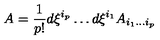
A = { \frac { 1 } { p ! } } d \xi ^ { i _ { p } } \dots d \xi ^ { i _ { 1 } } A _ { i _ { 1 } \dots i _ { p } }